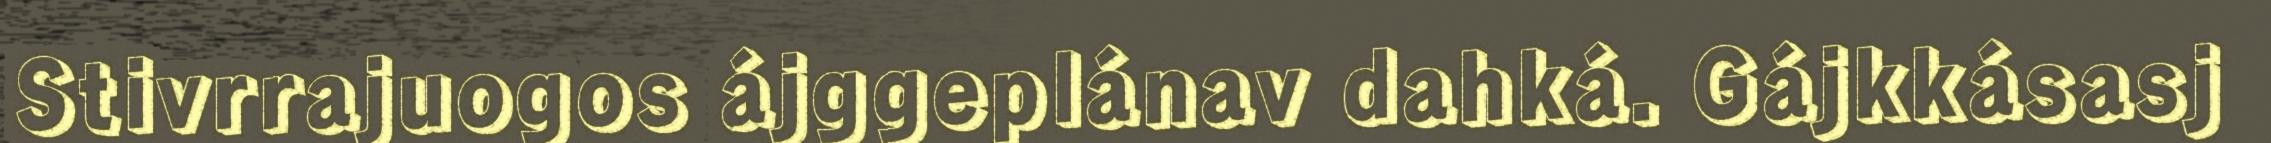
Stivrrajuogos ájggeplánav dahká. Gájkkásasj